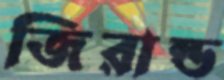
জিরান্ড